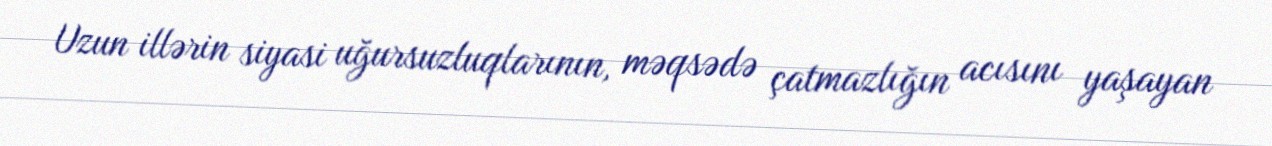
Uzun illərin siyasi uğursuzluqlarının, məqsədə çatmazlığın acısını yaşayan